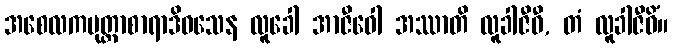
အစေလကမုတ္တာစာရာဒိဝသေန လူခေါ အာဇီဝေါ အဿာတိ လူခါဇီဝီ, တံ လူခါဇီဝိံ။